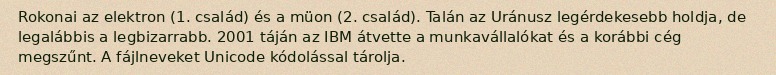
Rokonai az elektron (1. család) és a müon (2. család). Talán az Uránusz legérdekesebb holdja, de legalábbis a legbizarrabb. 2001 táján az IBM átvette a munkavállalókat és a korábbi cég megszűnt. A fájlneveket Unicode kódolással tárolja.